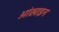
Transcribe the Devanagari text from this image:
आंखाइन